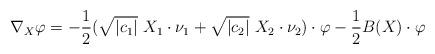
LaTeX: \begin{align*}\nabla_X \varphi = -\frac{1}{2} (\sqrt{|c_1|}\ X_1 \cdot \nu_1 + \sqrt{|c_2|}\ X_2 \cdot \nu_2)\cdot\varphi - \frac{1}{2}B(X)\cdot \varphi\end{align*}